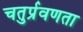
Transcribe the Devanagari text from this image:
चतुर्प्रवणता